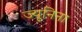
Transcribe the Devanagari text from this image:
ज्यूनिना